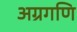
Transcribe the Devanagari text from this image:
अग्रगणि